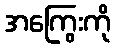
အကြွေးကို